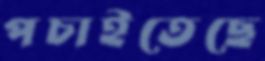
পচাইতেছে